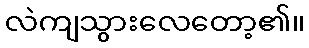
လဲကျသွားလေတော့၏။